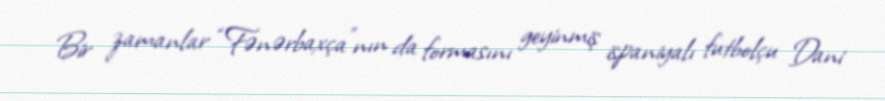
Bir zamanlar “Fənərbaxça”nın da formasını geyinmiş ispaniyalı futbolçu Dani